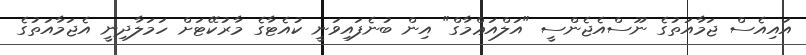
އައިއެސް ޖަމާއަތުގެ ނޫސްއެޖެންސީ "އަލްއަޢްމާގް" އިން ބުނެފައިވަނީ ކުއެޓާގެ މާރުކޭޓަށް ހަމަލާދިނީ އެޖަމާއަތުގެ